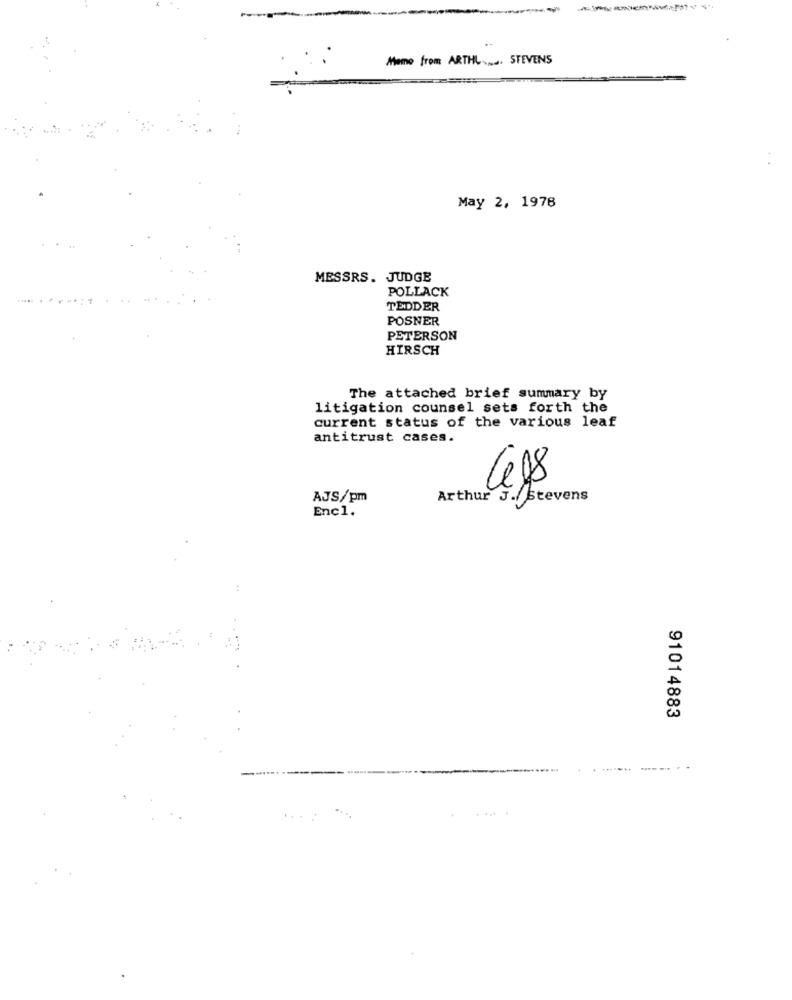
Home from ARTHL ... STEVENS
May 2, 1978
MESSRS. JUDGE
POLLACK
TEDDER
POSNER
PETERSON
HIRSCH
The attached brief summary by
litigation counsel sets forth the
current status of the various leaf
antitrust cases.
AJS/pm
Arthur J. Stevens
Encl.
91014883